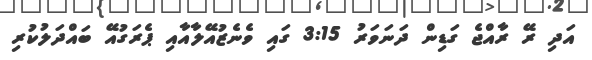
އަދި ރޭ ރާއްޖެ ގަޑިން ދަނަވަރު 3:15 ގައި ވެނެޒުއޭލާއާއި ޕެރަގުއޭ ބައްދަލުކުރި